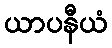
ယာပနီယံ